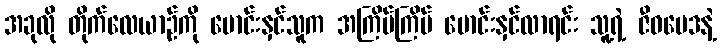
အခုလို တိုက်လေယာဉ်ကို မောင်းနှင်သူက အကြိမ်ကြိမ် မောင်းနှင်လာရင်း သူ့ရဲ့ ဇီဝဗေဒနဲ့